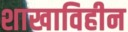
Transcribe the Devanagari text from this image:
शाखाविहीन